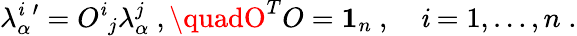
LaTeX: \lambda_{\alpha}^{\mathit{i}}{'}={O^{\mathit{i}}}_{j}\lambda_{\alpha}^{j}\ ,\quadO^{T}O={\mathbf{1}}_{n}\ ,\quad\mathit{i}=1,\dots,n\; .